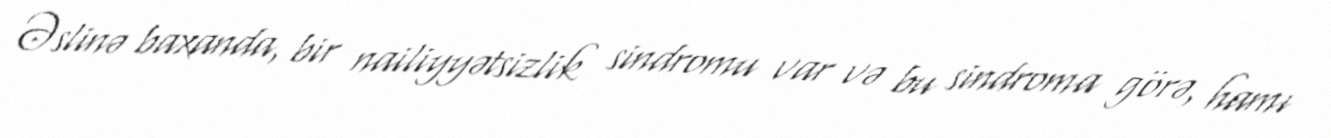
Əslinə baxanda, bir nailiyyətsizlik sindromu var və bu sindroma görə, hamı